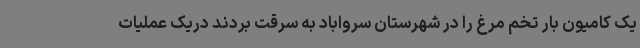
یک کامیون بار تخم مرغ را در شهرستان سرواباد به سرقت بردند دریک عملیات